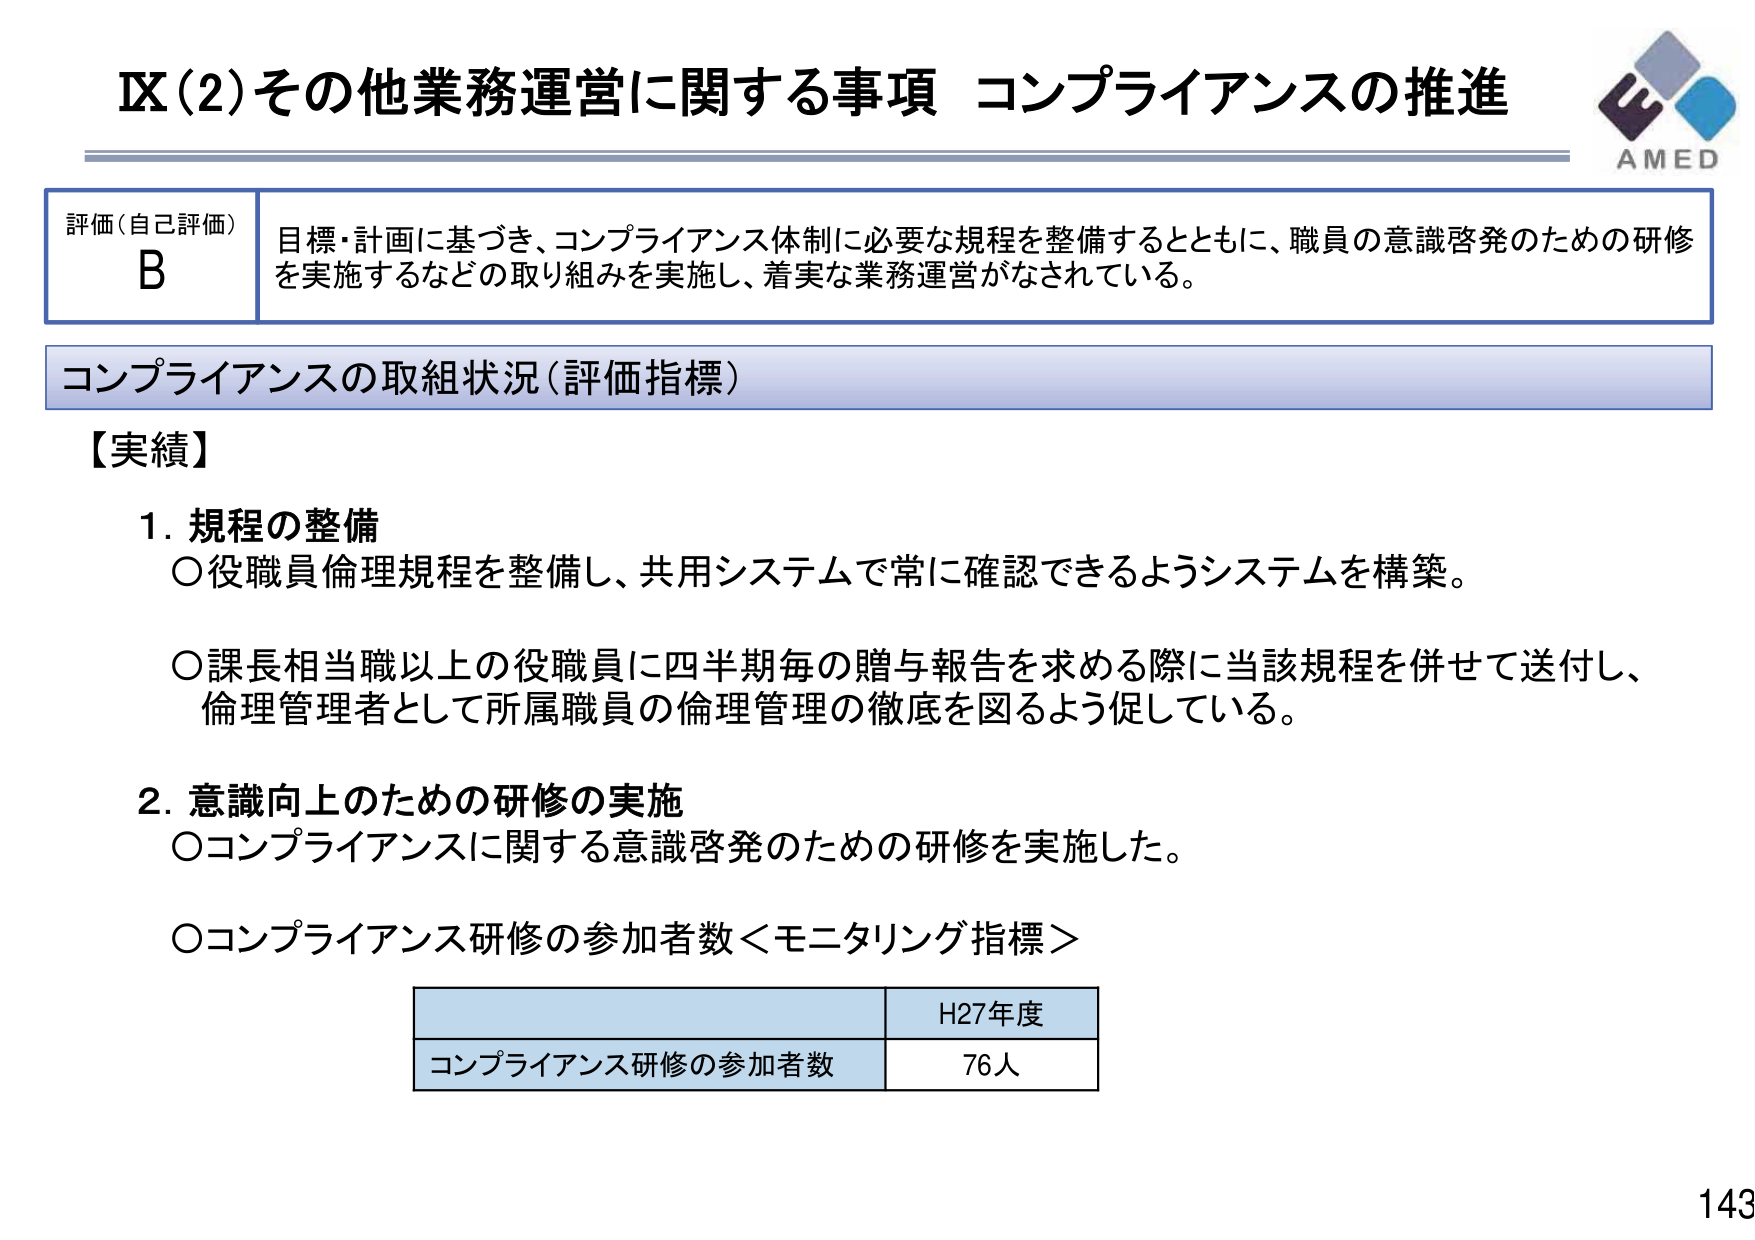
IX(2)その他業務運営に関する事項 コンプライアンスの推進

評価(自己評価)
B
目標・計画に基づき、コンプライアンス体制に必要な規程を整備するとともに、職員の意識啓発のための研修を実施するなどの取り組みを実施し、着実な業務運営がなされている。

コンプライアンスの取組状況(評価指標)

【実績】

1. 規程の整備
○役職員倫理規程を整備し、共用システムで常に確認できるようシステムを構築。
○課長相当職以上の役職員に四半期毎の贈与報告を求める際に当該規程を併せて送付し、倫理管理者として所属職員の倫理管理の徹底を図るよう促している。

2. 意識向上のための研修の実施
○コンプライアンスに関する意識啓発のための研修を実施した。
○コンプライアンス研修の参加者数＜モニタリング指標＞

H27年度
コンプライアンス研修の参加者数　76人

AMED
143